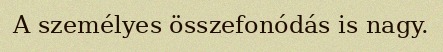
A személyes összefonódás is nagy.